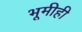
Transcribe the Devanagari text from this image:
भूमीही